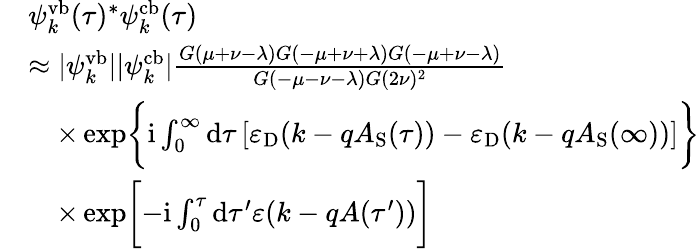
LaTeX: \begin{array}{rl}&{\psi_{k}^{\mathrm{vb}}(\tau)^{*}\psi_{k}^{\mathrm{cb}}(\tau)}\\ &{\approx|\psi_{k}^{\mathrm{vb}}||\psi_{k}^{\mathrm{cb}}|\frac{G(\mu+\nu-\lambda)G(-\mu+\nu+\lambda)G(-\mu+\nu-\lambda)}{G(-\mu-\nu-\lambda)G(2\nu)^{2}}}\\ &{\quad\times\exp\biggl\{ \mathrm{i}\int_{0}^{\infty}\mathrm{d}\tau\left[\varepsilon_{\mathrm{D}}(k-qA_{\mathrm{S}}(\tau))-\varepsilon_{\mathrm{D}}(k-qA_{\mathrm{S}}(\infty))\right]\biggr\} }\\ &{\quad\times\exp\biggl[-\mathrm{i}\int_{0}^{\tau}\mathrm{d}\tau^{\prime}\varepsilon(k-qA(\tau^{\prime}))\biggr]}\end{array}